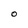
Character: O